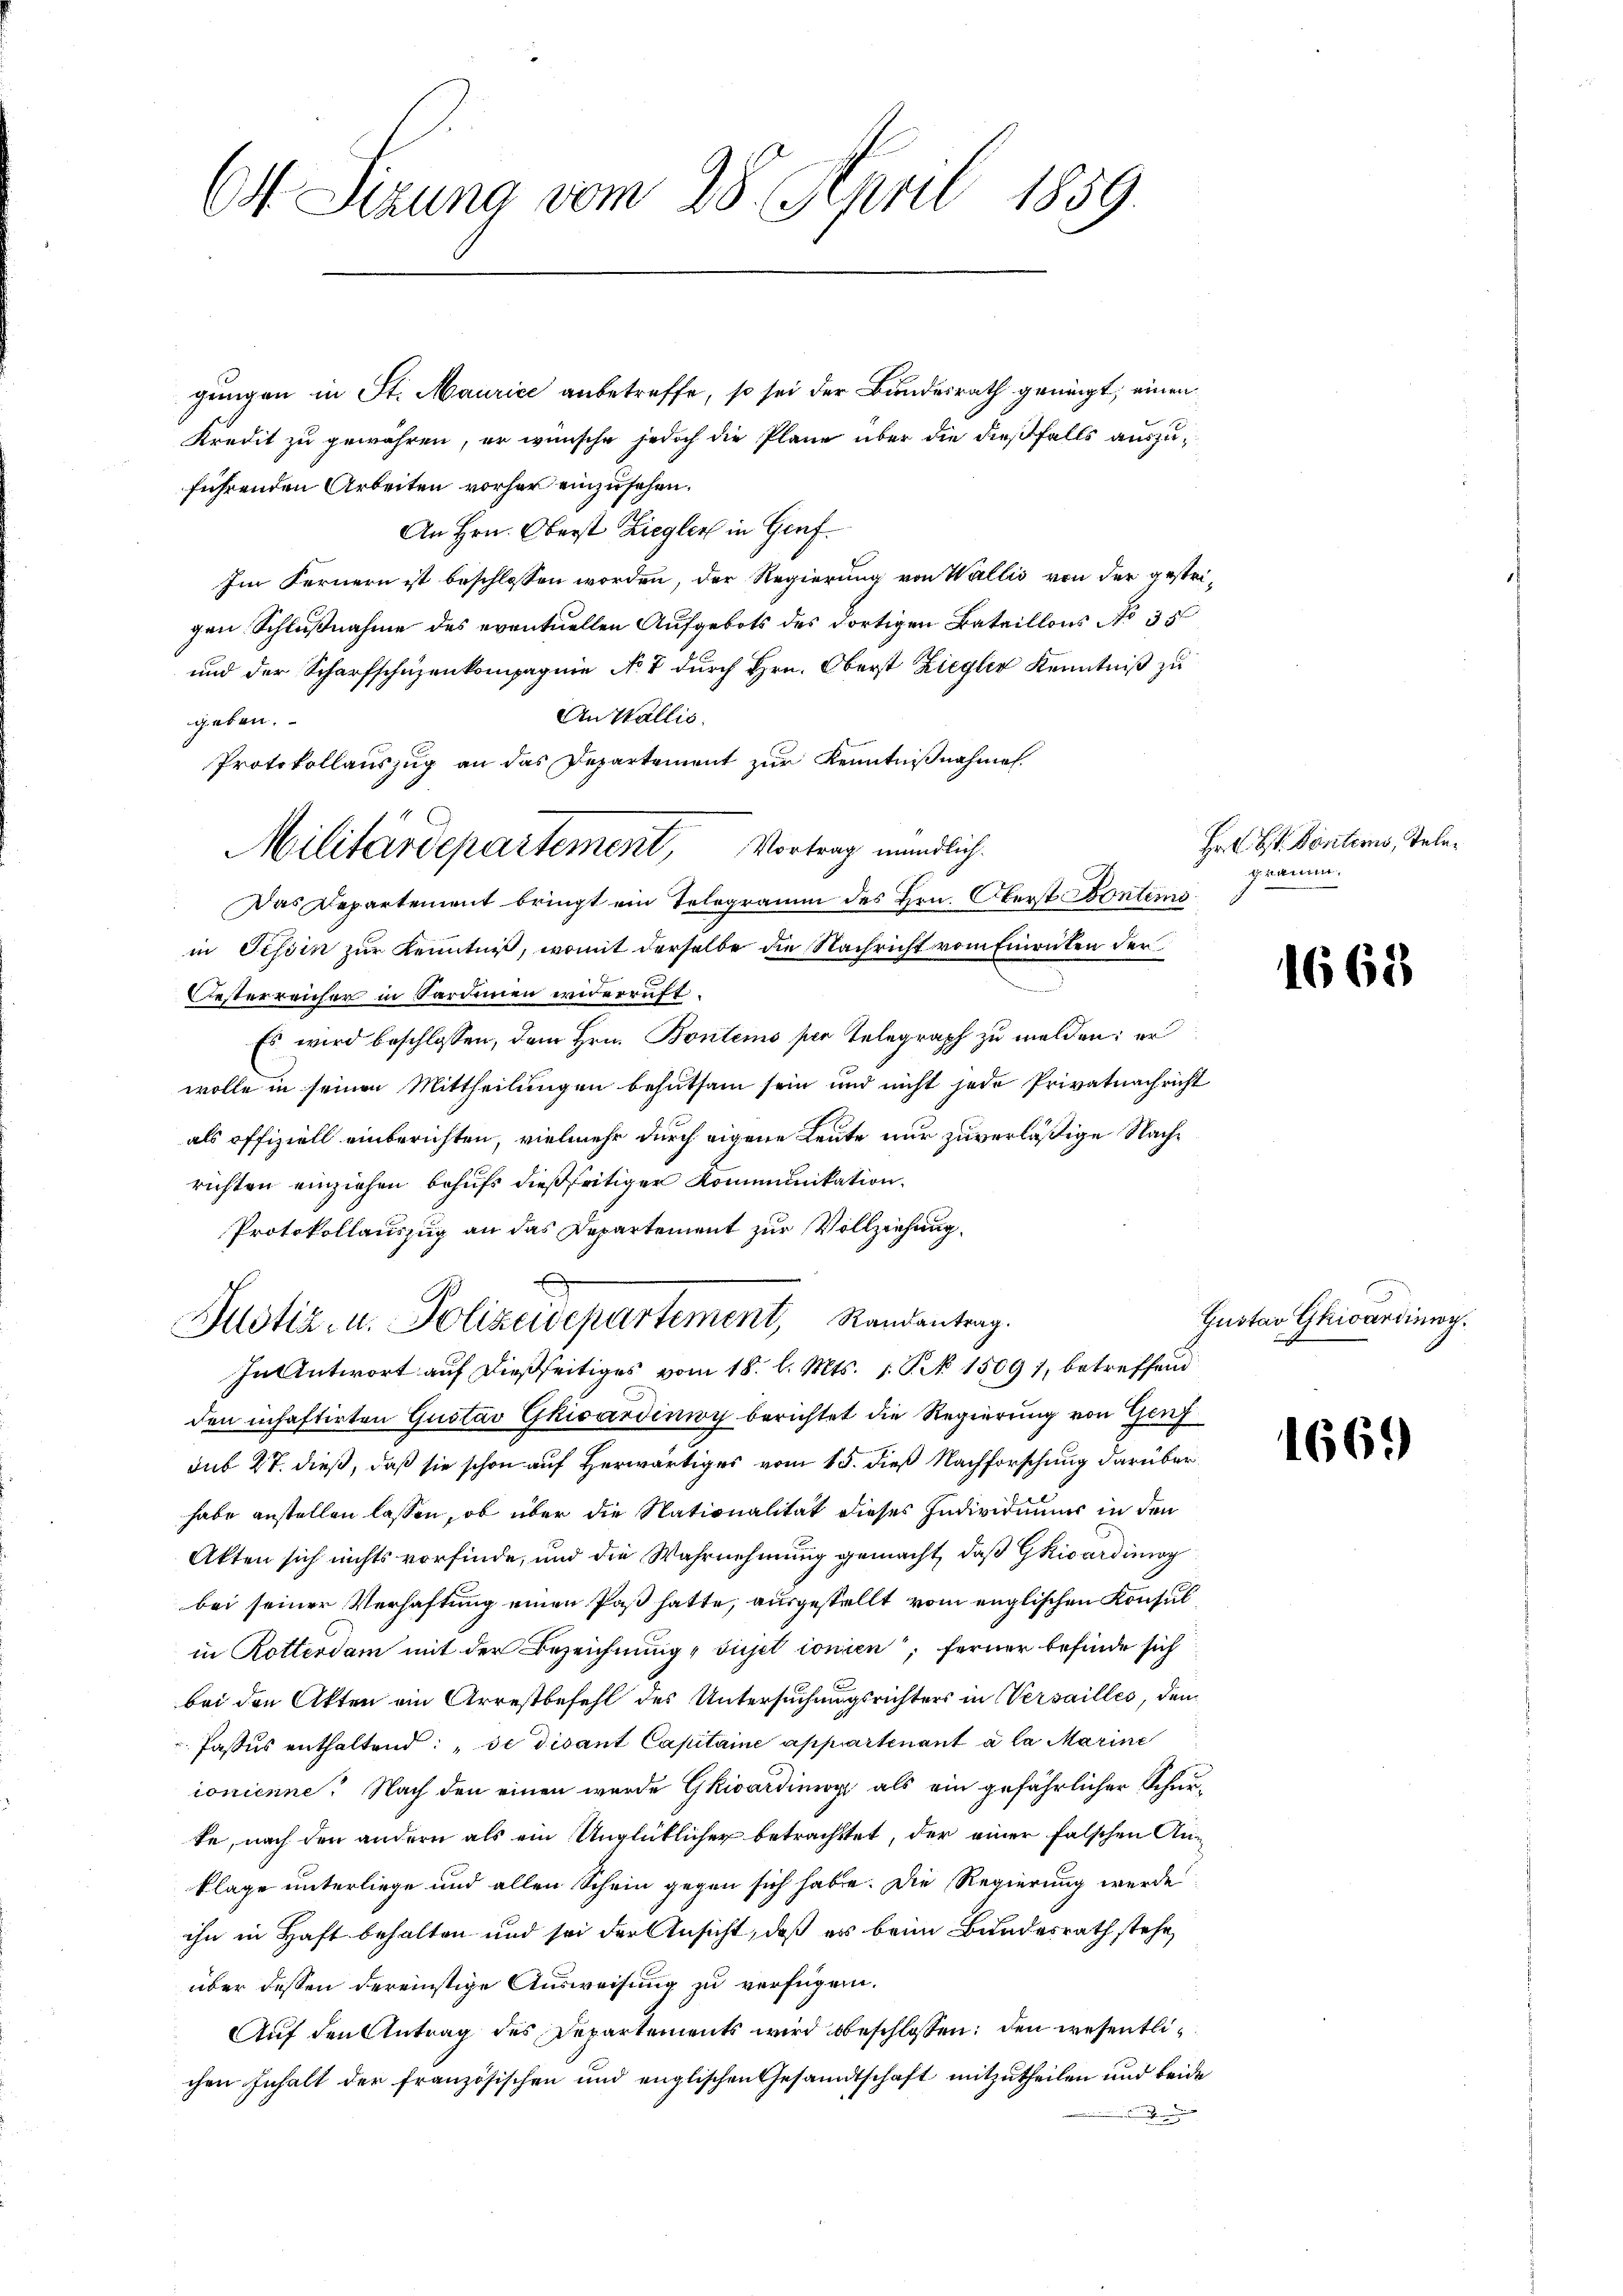
Ott Sizung vom 28. April 1859.

gungen in St. Maurice anbetreffe, so sei der Bundesrath genügt, einen
Kredit zu gewähren, er wünsche jedoch die Pläne über die dießfalls auszuführenden Arbeiten vorher einzusehen.
An Hrn. Oberst Ziegler in Genf
Im Fernern ist beschlossen worden, der Regierung von Wallis von der gestrigen Schlußnahme des eventuellen Aufgebots des dortigen Bataillons No 35
und der Scharfschüzenkompagnie No 7 durch Hrn. Oberst Ziegler Kenntniß zu
An Wallis.
geben.
Protokollauszug an das Departement zur Kenntnißnahmen.
Das Departement bringt ein Telegramm des Hrn. Oberst Bontino
in Tessin zur Kenntniß, womit derselbe die Nachricht vom Einriten der
Oesterreicher in Sardinen widerruft.
Es wird beschlossen, dem Hrn. Bontemo per Telegraph zu melden: er
wolle in seinen Mittheilungen behutsam sein und nicht jede Privatnachricht
als offiziell einberichten, vielmehr durch eigene Leute nur zuverläßige Nachrichten einziehen behufs dießseitiger Kommunikation.
Protokollauszug an das Departement zur Vollziehung.
x
Justiz- u. Polizeidepartement, Randantrag.
In Antwort auf dießseitiges vom 18. l. Mts. 1. P. No. 1509 1, betreffend
den inhaftirten Gustav Gkicardinioy berichtet die Regierung von Genf
sub 27. dieß, daß sie schon auf Herwärtiges vom 15. dieß Nachforschung darüber
habe anstellen lassen, ob über die Nationalität dieses Individuum in den
Akten sich nichts vorfinde, und die Wahrnehmung gemacht, daß Gkicarding
bei seiner Verhaftung einen Paß hatte, ausgestellt vom englischen Konsul
in Rotterdam mit der Bezeichnung, sujet ionien; ferner befinde sich
bei den Akten ein Arrestbefehl des Untersuchungsrichters in Versailles, den
Passus enthaltend: „de disant Capitaine appartenant à la Marine
ionienne. Nach den einen wurde Gkivarding als ein gefährlicher Schurte, nach den andern als ein Unglüklicher betrachtet, der einer falschen An-
klage unterliege und allen Schein gegen sich habe. Die Regierung werde
ihn in Haft behalten und sei der Ansicht, daß es beim Bundesrath stehe,
über dessen dereinstige Ausweisung zu verfügen.
Auf den Antrag des Departements wird beschlossen: den wesentlichen Inhalt der französischen und englischen Gesandtschaft mitzutheilen und beide

Militärdepartement, Vortrag mündlich.

Hr. L. St. Postens, Telegramm.

1668

Gustav Gkicarding.

1669